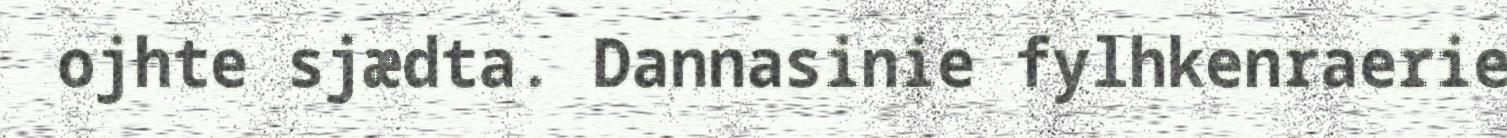
ojhte sjædta. Dannasinie fylhkenraerie